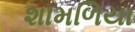
શામળિયા